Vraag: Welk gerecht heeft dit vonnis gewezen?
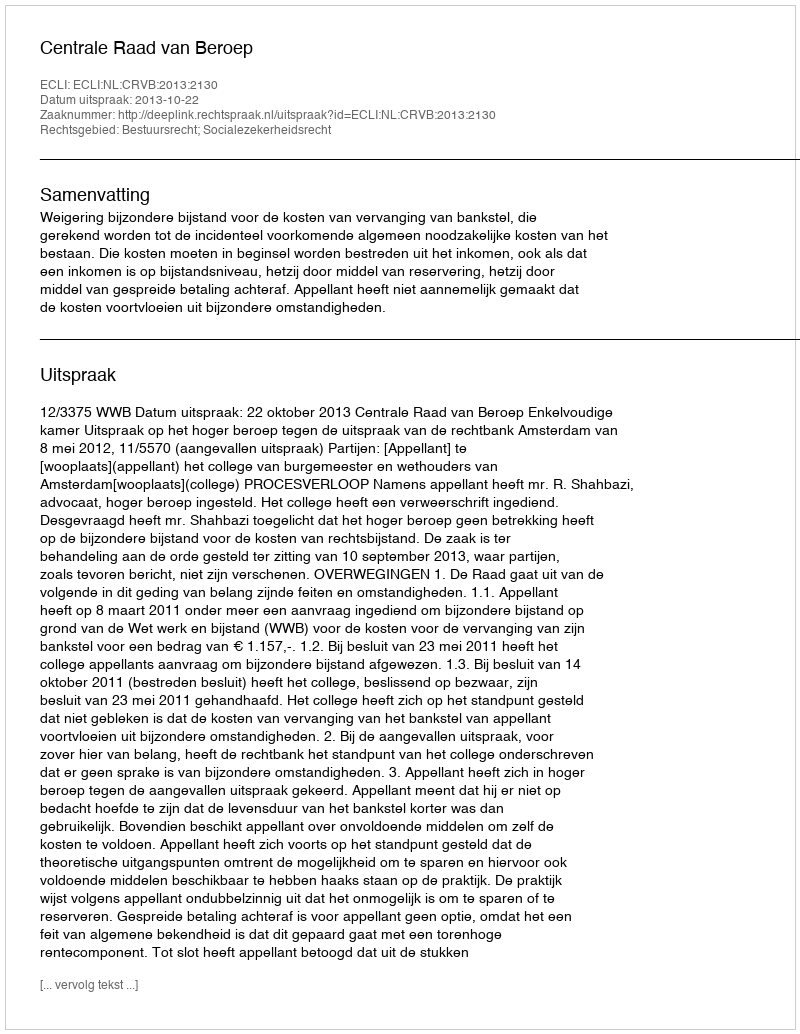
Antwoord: Centrale Raad van Beroep